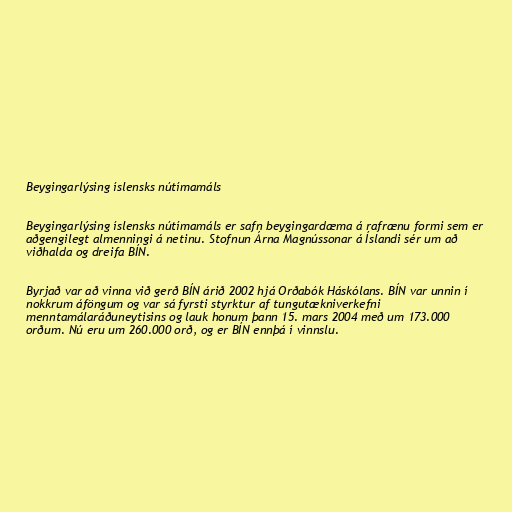
Beygingarlýsing íslensks nútímamáls

Beygingarlýsing íslensks nútímamáls er safn beygingardæma á rafrænu formi sem er
aðgengilegt almenningi á netinu. Stofnun Árna Magnússonar á Íslandi sér um að
viðhalda og dreifa BÍN.

Byrjað var að vinna við gerð BÍN árið 2002 hjá Orðabók Háskólans. BÍN var unnin í
nokkrum áföngum og var sá fyrsti styrktur af tungutækniverkefni
menntamálaráðuneytisins og lauk honum þann 15. mars 2004 með um 173.000
orðum. Nú eru um 260.000 orð, og er BÍN ennþá í vinnslu.